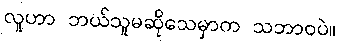
လူဟာ ဘယ်သူမဆိုသေမှာက သဘာဝပဲ။